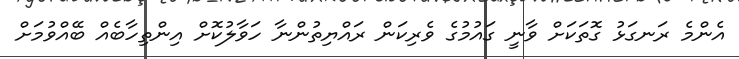
އެންމެ ރަނގަޅު ގޮތަކަށް ވާނީ ގައުމުގެ ވެރިކަން ރައްޔިތުންނާ ހަވާލުކޮށް އިންތިހާބެއް ބޭއްވުމަށް